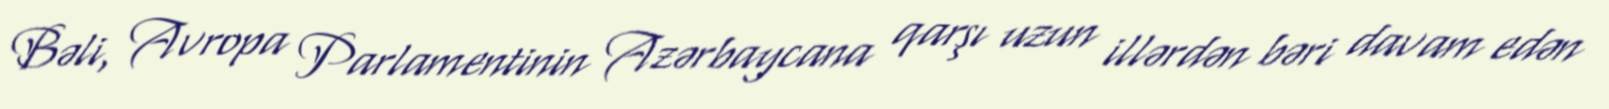
Bəli, Avropa Parlamentinin Azərbaycana qarşı uzun illərdən bəri davam edən